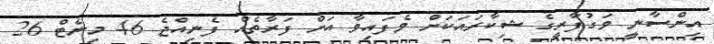
އިންސާނީ ވަގުފާރީގެ ޝިކާރައަކަށް ވެފައިވާ އަށް ފަރާތެއް ފެނިއްޖެ 46 މިނެޓް 26